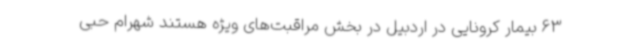
63 بیمار کرونایی در اردبیل در بخش مراقبت‌های ویژه هستند شهرام حبی